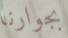
بجوارنا